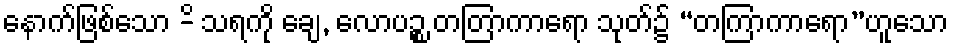
နောက်ဖြစ်သော -ိ သရကို ချေ, လောပဉ္စ တတြာကာရော သုတ်၌ “တကြာကာရော”ဟူသော